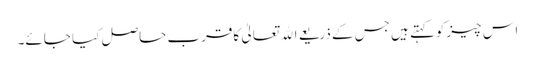
اس چیزکوکہتے ہیں جس کے ذریعے اﷲ تعالیٰ کاقرب حاصل کیا جائے۔